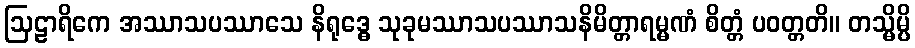
ဩဠာရိကေ အဿာသပဿာသေ နိရုဒ္ဓေ သုခုမဿာသပဿာသနိမိတ္တာရမ္မဏံ စိတ္တံ ပဝတ္တတိ။ တသ္မိမ္ပိ